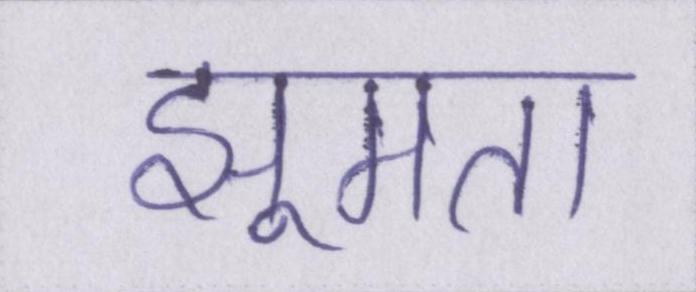
झूमता